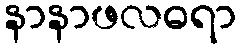
နာနာဖလဓရာ